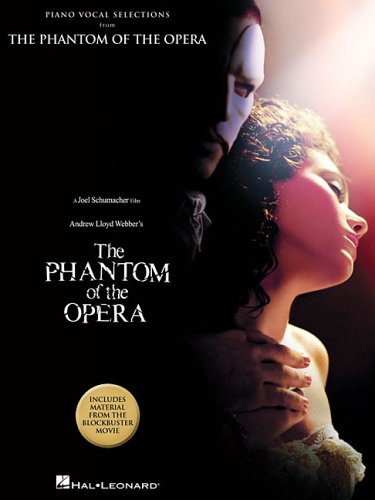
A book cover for The Phantom of the Opera - piano vocal Selections; Humor & Entertainment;